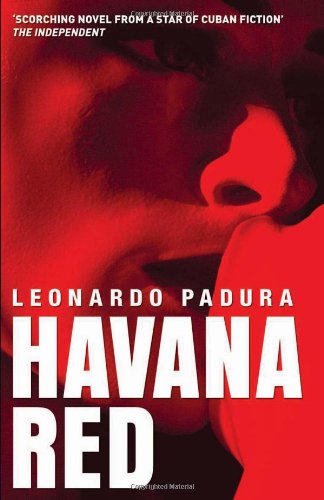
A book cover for Havana Red; Leonardo Padura; Mystery, Thriller & Suspense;